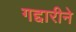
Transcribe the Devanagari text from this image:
गद्दारीने